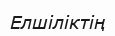
Елшіліктің